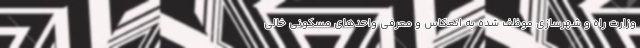
وزارت راه و شهرسازی موظف شده به انعکاس و معرفی واحدهای مسکونی خالی